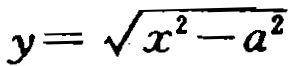
\(y = \sqrt{x^{2}-a^{2}}\)